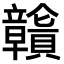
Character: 𧹄